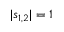
| s _ { 1 , 2 } | = 1